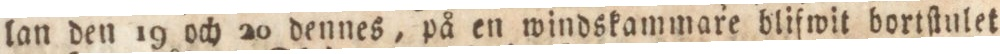
lan den 19 och 20 dennes, på en windskammare blifwit bortſtulet